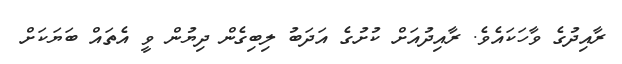
ރާއިދުގެ ވާހަކައެވެ. ރާއިދުއަށް ކުށުގެ އަދަބު ލިބިގެން ދިޔުން ވީ އެތައް ބަޔަކަށް